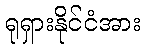
ရုရှားနိုင်ငံအား